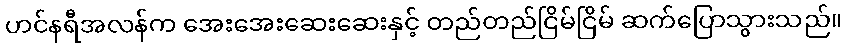
ဟင်နရီအလန်က အေးအေးဆေးဆေးနှင့် တည်တည်ငြိမ်ငြိမ် ဆက်ပြောသွားသည်။